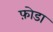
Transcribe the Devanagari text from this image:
फ़ोडा